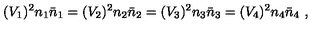
( V _ { 1 } ) ^ { 2 } n _ { 1 } \bar { n } _ { 1 } = ( V _ { 2 } ) ^ { 2 } n _ { 2 } \bar { n } _ { 2 } = ( V _ { 3 } ) ^ { 2 } n _ { 3 } \bar { n } _ { 3 } = ( V _ { 4 } ) ^ { 2 } n _ { 4 } \bar { n } _ { 4 } \ ,